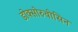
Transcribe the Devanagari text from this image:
डोक्सोरुबीसिन